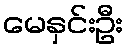
မေနှင်းဦး